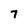
Character: 7